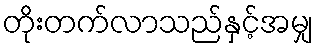
တိုးတက်လာသည်နှင့်အမျှ